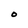
Character: O